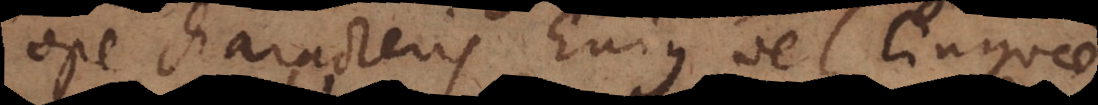
ope characteris hujus vel linguae.